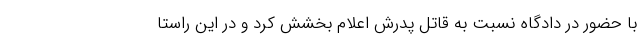
با حضور در دادگاه نسبت به قاتل پدرش اعلام بخشش کرد و در این راستا